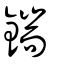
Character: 鍴